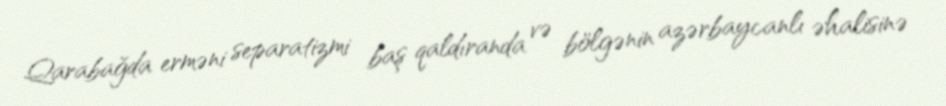
Qarabağda erməni separatizmi baş qaldıranda və bölgənin azərbaycanlı əhalisinə